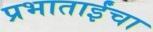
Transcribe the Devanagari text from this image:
प्रभाताईंचा